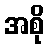
အစို